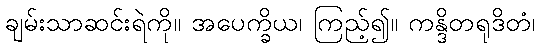
ချမ်းသာဆင်းရဲကို။ အပေက္ခိယ၊ ကြည့်၍။ ကန္ဒိတရုဒိတံ၊